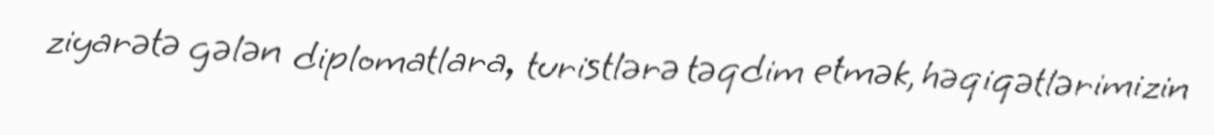
ziyarətə gələn diplomatlara, turistlərə təqdim etmək, həqiqətlərimizin